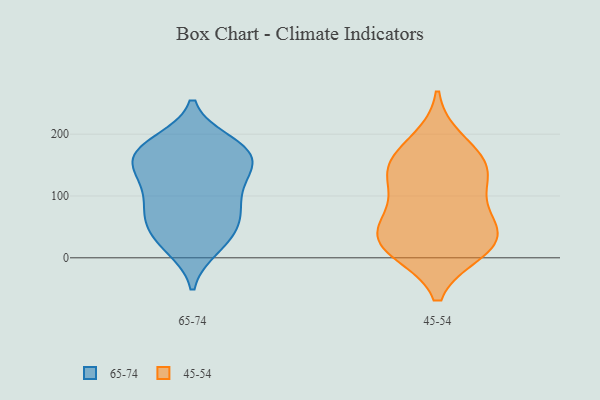
{"axis": {"x": "Operating Costs (USD K)", "y": "Value"}, "legend": ["45-54", "65-74"], "data": [{"x": "", "y": 16, "type": "65-74"}, {"x": "", "y": 63, "type": "65-74"}, {"x": "", "y": 124, "type": "65-74"}, {"x": "", "y": 136, "type": "65-74"}, {"x": "", "y": 187, "type": "65-74"}, {"x": "", "y": 74, "type": "65-74"}, {"x": "", "y": 171, "type": "65-74"}, {"x": "", "y": 120, "type": "65-74"}, {"x": "", "y": 140, "type": "65-74"}, {"x": "", "y": 99, "type": "65-74"}, {"x": "", "y": 165, "type": "65-74"}, {"x": "", "y": 68, "type": "65-74"}, {"x": "", "y": 47, "type": "65-74"}, {"x": "", "y": 78, "type": "65-74"}, {"x": "", "y": 20, "type": "65-74"}, {"x": "", "y": 170, "type": "65-74"}, {"x": "", "y": 172, "type": "65-74"}, {"x": "", "y": 186, "type": "65-74"}, {"x": "", "y": 30, "type": "65-74"}, {"x": "", "y": 159, "type": "65-74"}, {"x": "", "y": 32, "type": "45-54"}, {"x": "", "y": 188, "type": "45-54"}, {"x": "", "y": 43, "type": "45-54"}, {"x": "", "y": 15, "type": "45-54"}, {"x": "", "y": 129, "type": "45-54"}, {"x": "", "y": 24, "type": "45-54"}, {"x": "", "y": 61, "type": "45-54"}, {"x": "", "y": 139, "type": "45-54"}, {"x": "", "y": 149, "type": "45-54"}, {"x": "", "y": 87, "type": "45-54"}, {"x": "", "y": 12, "type": "45-54"}, {"x": "", "y": 154, "type": "45-54"}]}